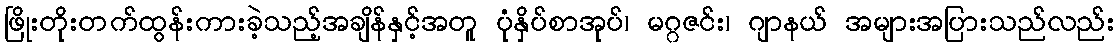
ဖြိုးတိုးတက်ထွန်းကားခဲ့သည့်အချိန်နှင့်အတူ ပုံနှိပ်စာအုပ်၊ မဂ္ဂဇင်း၊ ဂျာနယ် အများအပြားသည်လည်း